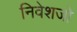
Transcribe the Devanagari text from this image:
निवेशजो